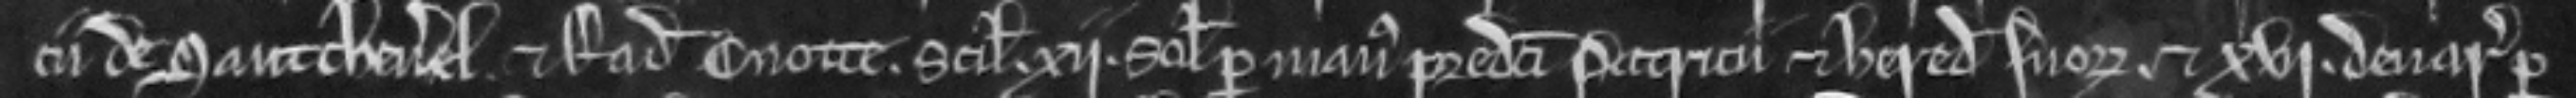
cii de Sautcheverel. et Radulfi Cnotte. scilicet xii solidos per manus predicti Patricii et heredum suorum et xvi denarios per